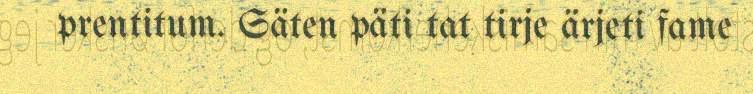
prentitum. Säten päti tat tirje ärjeti fame